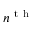
n ^ { \mathrm { ~ t ~ h ~ } }